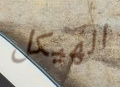
الهيكل